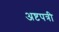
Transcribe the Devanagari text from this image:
अष्टपत्री